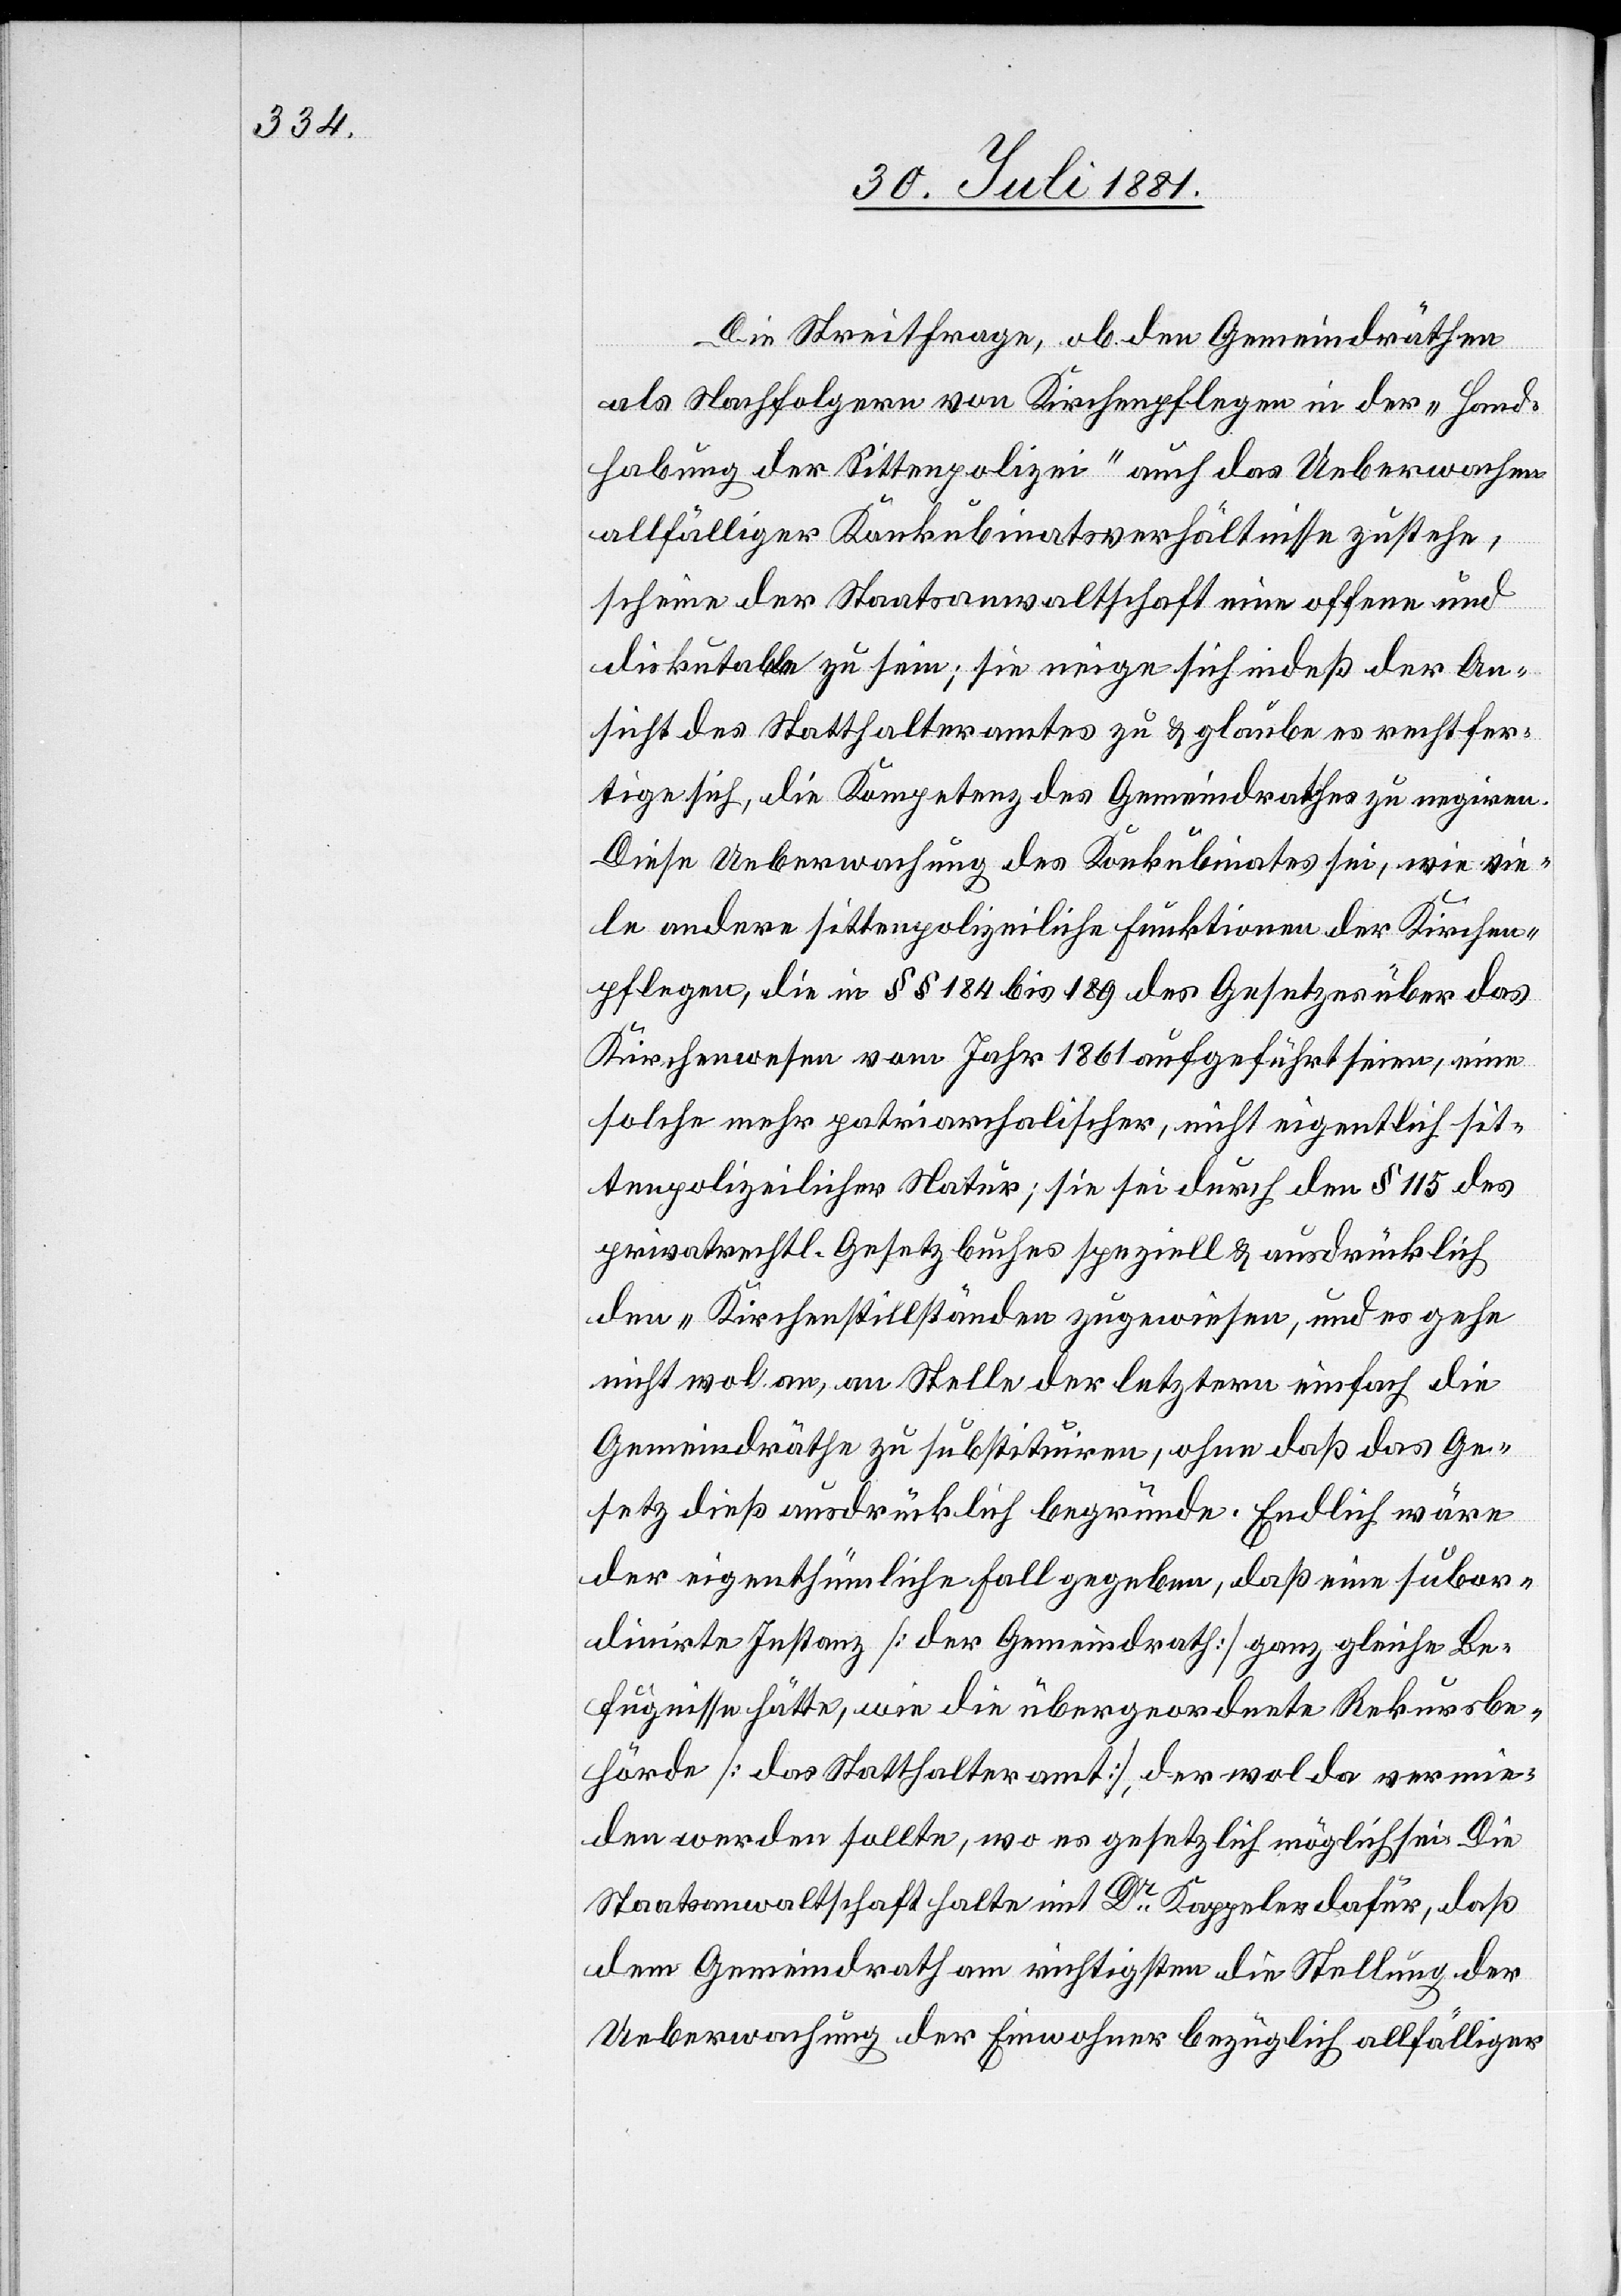
Die Streitfrage, ob den Gemeindräthen
als Nachfolgern von Kirchenpflege in der „Hand¬
habung der Sittenpolizei“ auch das Ueberwachen
allfälliger Konkubinatsverhältnisse zustehe,
scheine der Staatsanwaltschaft eine offene und
diskutable zu sein; sie neige sich indeß der An¬
sicht des Statthalteramtes zu & glaube es rechtfer¬
tige sich, die Kompetenz des Gemeindrathes zu negiren.
Diese Ueberwachung des Konkubinates sei, wie vie¬
le andere sittenpolizeiliche Funktionen der Kirchen¬
pflege, die in §§ 184 bis 189 des Gesetzes über das
Kirchenwesen vom Jahr 1861 aufgeführt seien, eine
solche mehr patriarchalischer, nicht eigentlich sit¬
tenpolizeilicher Natur; sie sei durch den § 115 des
privatrechtl. Gesetzbuches speziell & ausdrücklich
den „Kirchenstillständen[”] zugewiesen, und es gehe
nicht wol an, an Stelle der letztern einfach die
Gemeindräthe zu substituiren, ohne daß das Ge¬
setz dieß ausdrücklich begründe. Endlich wäre
der eigenthümliche Fall gegeben, daß eine subor¬
dinirte Instanz [der Gemeindrath] ganz gleiche Be¬
fugnisse hätte, wie die übergeordnete Rekursbe¬
hörde [das Statthalteramt], der wol da vermie¬
den werden sollte, wo es gesetzlich möglich sei. Die
Staatsanwaltschaft halte mit Dr Kappeler dafür, daß
dem Gemeindrath am richtigsten die Stellung der
Ueberwachung der Einwohner bezüglich allfälliger